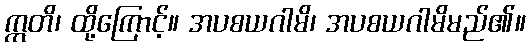
ဣတိ၊ ထို့ကြောင့်။ အပစယဂါမိ၊ အပစယဂါမိမည်၏။